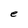
Character: e